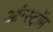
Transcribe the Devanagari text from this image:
आंग्स्ट्रॉम